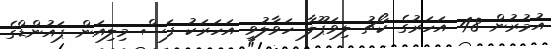
އުމުރުން 48 އަހަރުގެ ކޯޗު ލިވަޕޫލާ ހަވާލުވީ އަހަރަކު ފަސް މިލިއަން ޕައުންޑްގެ